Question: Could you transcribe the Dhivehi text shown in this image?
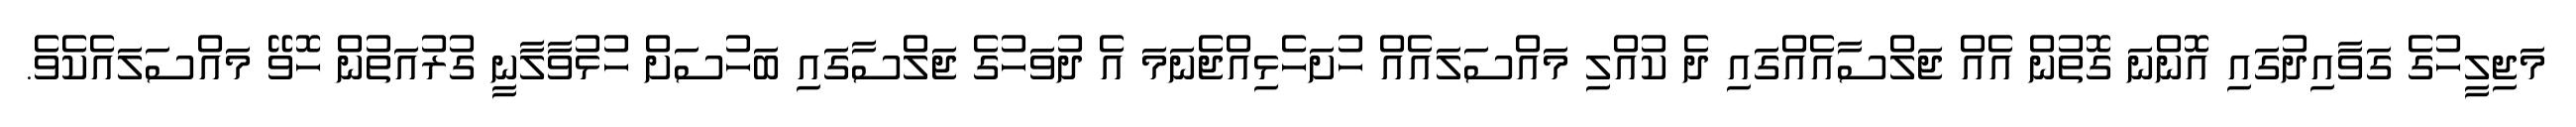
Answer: މަޖިލީހުގެ ގަވާއިދުގައި އޮންނަ ގޮތުން އެއް ޖަލްސާއެއްގައި ދެ ކުއްލި މައްސަލައެއް ހުށަހެޅިއްޖެނަމަ އެ ދުވަހުގެ ޖަލްސާގައި ބަހުސަށް ހުޅުވާލާނީ ގުރުއަތުން ހޮވޭ މައްސަލައެކެވެ.